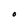
Character: O